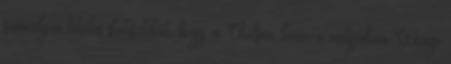
semmilyen hiteles statisztikát, hogy a Chelsea lenne-e valójában Wengi